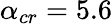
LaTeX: \alpha_{cr}=5.6